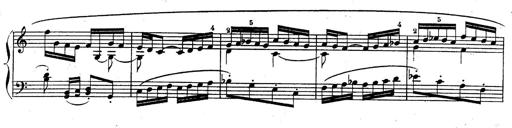
Title: Sonatina for Piano
Composer: BÃ©la BartÃ³k